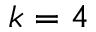
k = 4